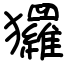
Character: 玀